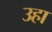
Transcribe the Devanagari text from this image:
उहा